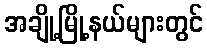
အချို့မြို့နယ်များတွင်